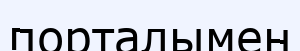
порталымен